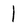
Character: l